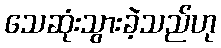
သေဆုံးသွားခဲ့သည်ဟု